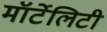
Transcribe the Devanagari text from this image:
मॉर्टेलिटी